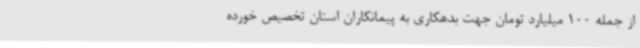
از جمله 100 میلیارد تومان جهت بدهکاری به پیمانکاران استان تخصیص خورده